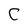
Character: C